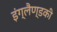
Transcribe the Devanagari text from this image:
इंग्लैण्डकी